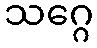
သဂ္ဂေ